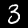
Digit: 3